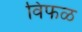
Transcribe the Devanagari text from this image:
विफळ